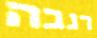
רגבה